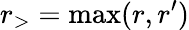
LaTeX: r_{>}=\operatorname*{max}(r,r^{\prime})